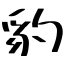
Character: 豹